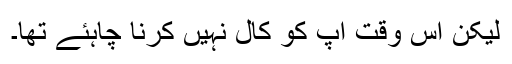
لیکن اس وقت آپ کو کال نہیں کرنا چاہئے تھا۔